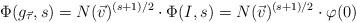
LaTeX: \begin{align*}\Phi( g_{ \vec{\tau}} , s ) = N(\vec{v})^{(s+1)/2} \cdot \Phi ( I ,s ) = N(\vec{v})^{(s+1)/2} \cdot \varphi(0)\end{align*}